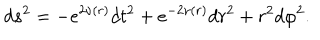
LaTeX: d s ^ { 2 } = - e ^ { 2 \nu ( r ) } d t ^ { 2 } + e ^ { - 2 \nu ( r ) } d r ^ { 2 } + r ^ { 2 } d \varphi ^ { 2 } .